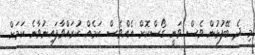
މި ދެ ބޭފުޅުން ވެސް ވަނީ ގޯސްކޮށް އެއްވެސް ކަމެއް ކުރައްވާފައިނުވާނެ ކަމަށް